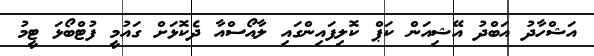
އަޝްހާދު އަބްދު އޭޝިއަން ކަޕް ކޮލިފައިންގައި ލާއޯސްއާ ދެކޮޅަށް ގައުމީ ފުޓްބޯޅަ ޓީމު